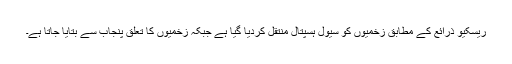
ریسکیو ذرائع کے مطابق زخمیوں کو سیول ہسپتال منتقل کردیا گیا ہے جبکہ زخمیوں کا تعلق پنجاب سے بتایا جاتا ہے۔